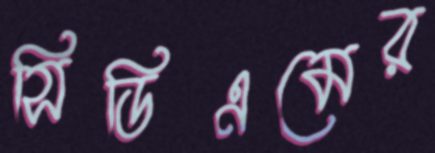
সিডিএমের